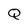
Character: Q